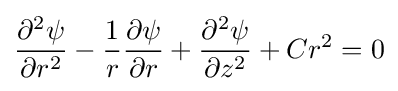
{\frac {\partial ^{2}\psi }{\partial r^{2}}}-{\frac {1}{r}}{\frac {\partial \psi }{\partial r}}+{\frac {\partial ^{2}\psi }{\partial z^{2}}}+Cr^{2}=0